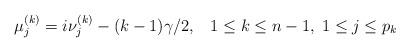
LaTeX: \begin{align*}\mu^{(k)}_{j}=i\nu^{(k)}_{j}-(k-1)\gamma/2,\;\;\;1\leq k\leq n-1,\;1\leq j\leq p_{k}\end{align*}